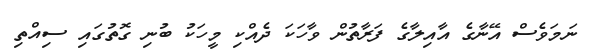
ނަމަވެސް އޭނާގެ އާއިލާގެ ފަރާތުން ވާހަކަ ދެއްކި މީހަކު ބުނި ގޮތުގައި ސިއްތި